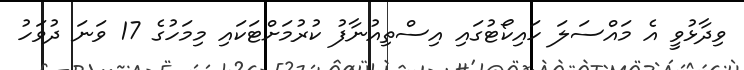
ވިދާޅުވީ އެ މައްސަލަ ހައިކޯޓުގައި އިސްތިއުނާފު ކުރުމަށްޓަކައި މިމަހުގެ 17 ވަނަ ދުވަހު